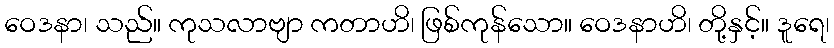
ဝေဒနာ၊ သည်။ ကုသလာဗျာ ကတာဟိ၊ ဖြစ်ကုန်သော။ ဝေဒနာဟိ၊ တို့နှင့်။ ဒူရေ၊